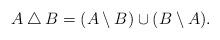
LaTeX: \begin{align*} A \bigtriangleup B = (A \setminus B) \cup (B \setminus A).\end{align*}